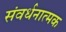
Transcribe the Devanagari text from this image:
संवर्धनात्‍मक